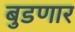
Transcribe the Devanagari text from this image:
बुडणार